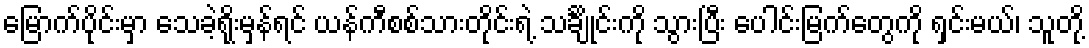
မြောက်ပိုင်းမှာ သေခဲ့ရိုးမှန်ရင် ယန်ကီစစ်သားတိုင်းရဲ့ သင်္ချိုင်းကို သွားပြီး ပေါင်းမြက်တွေကို ရှင်းမယ်၊ သူတို့